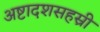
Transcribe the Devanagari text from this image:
अष्टादशसहस्री